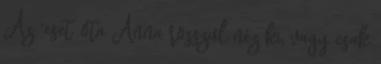
Az ‘eset’ óta Anna rosszul néz ki, vagy csak